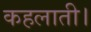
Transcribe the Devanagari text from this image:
कहलाती।